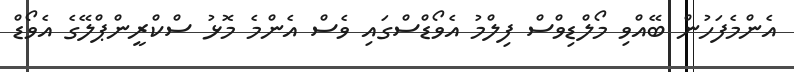
އެންމެފަހުން ބޭއްވި މޯލްޑިވްސް ފިލްމު އެވޯޑްސްގައި ވެސް އެންމެ މޮޅު ސްކްރީންޕްލޭގެ އެވޯޑް